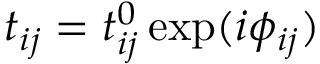
t _ { i j } = t _ { i j } ^ { 0 } \exp ( i \phi _ { i j } )